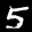
Digit: 5